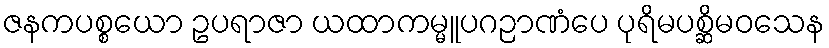
ဇနကပစ္စယော ဥပရာဇာ ယထာကမ္မူပဂဉာဏံပေ ပုရိမပစ္ဆိမဝသေန